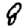
Digit: 8